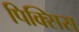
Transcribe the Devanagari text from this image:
पिक्सिस